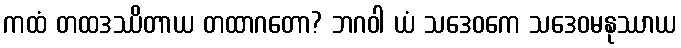
ကထံ တထဒဿိတာယ တထာဂတော? ဘဂဝါ ယံ သဒေဝကေ သဒေဝမနုဿာယ